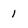
Character: l